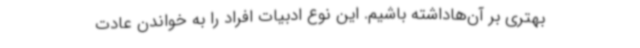
بهتری بر آن‌هاداشته باشیم. این نوع ادبیات افراد را به خواندن عادت